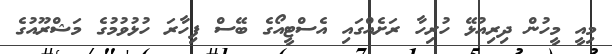
މިއީ މީހުން ދިރިއުޅޭ ހުރިހާ ރަށެއްގައި އެސްޓީއޯގެ ބޭސް ފިހާރަ ހުޅުވުމުގެ މަޝްރޫއުގެ